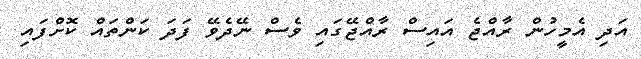
އަދި އެމީހުން ރާއްޖެ އައިސް ރާއްޖޭގައި ވެސް ނޭދެވޭ ފަދަ ކަންތައް ކޮށްފައި